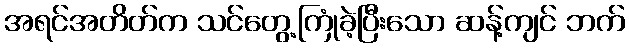
အရင်အတိတ်က သင်တွေ့ကြုံခဲ့ပြီးသော ဆန့်ကျင် ဘက်